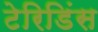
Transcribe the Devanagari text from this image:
टेरिडिंस